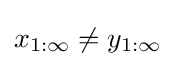
x_{1:\infty }\neq y_{1:\infty }